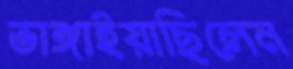
ভাঙ্গাইয়াছিলেন